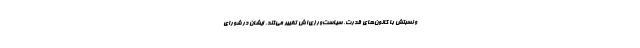
و نسبتش با کانون‌های قدرت، سیاست‌ورزی‌اش تغییر می‌کند. ایشان در شورای